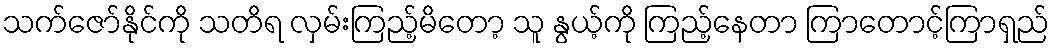
သက်ဇော်နိုင်ကို သတိရ လှမ်းကြည့်မိတော့ သူ နွယ့်ကို ကြည့်နေတာ ကြာတောင့်ကြာရှည်